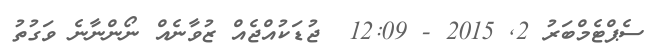
ސެޕްޓެމްބަރު 2